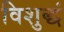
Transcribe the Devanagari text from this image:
विशुद्धं